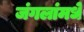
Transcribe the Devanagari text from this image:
जंगलांमधे